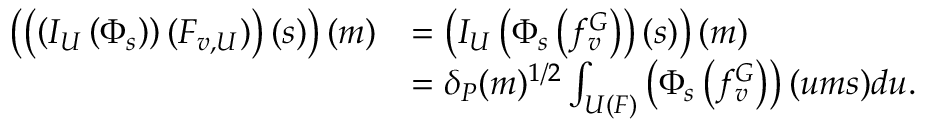
\begin{array} { r l } { \left( \left( \left( I _ { U } \left( \Phi _ { s } \right) \right) ( F _ { v , U } ) \right) ( s ) \right) ( m ) } & { = \left( I _ { U } \left( \Phi _ { s } \left( f _ { v } ^ { G } \right) \right) ( s ) \right) ( m ) } \\ & { = \delta _ { P } ( m ) ^ { 1 / 2 } \int _ { U ( F ) } \left( \Phi _ { s } \left( f _ { v } ^ { G } \right) \right) ( u m s ) d u . } \end{array}